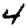
Digit: 4